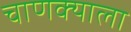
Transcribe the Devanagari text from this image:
चाणक्याला